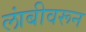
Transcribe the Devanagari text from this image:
लांबीवरून